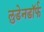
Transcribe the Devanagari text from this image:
लुडेनडॉर्फ